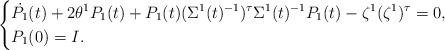
LaTeX: \begin{align*}\left\{\begin{aligned}&\dot{P_1}(t)+2\theta^1P_1(t)+P_1(t)(\Sigma^1(t)^{-1})^\tau\Sigma^1(t)^{-1}P_1(t)-\zeta^1(\zeta^1)^\tau=0,\\&P_1(0)=I.\end{aligned}\right.\end{align*}